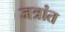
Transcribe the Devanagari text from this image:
जत्रांत